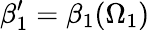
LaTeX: \beta_{1}^{\prime}=\beta_{1}(\Omega_{1})